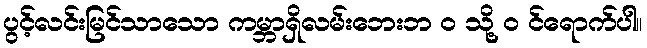
ပွင့်လင်းမြင်သာသော ကမ္ဘာရှိလမ်းဘေးဘ ၀ သို့ ၀ င်ရောက်ပါ။